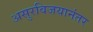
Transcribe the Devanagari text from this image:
असुरविजयानंतर